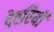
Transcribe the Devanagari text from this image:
देवरियों